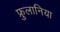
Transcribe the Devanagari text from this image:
फ्रुलानिया